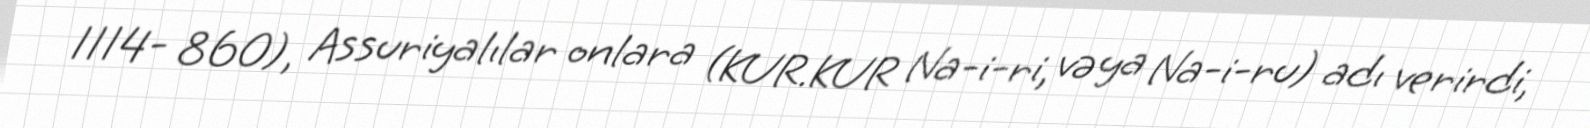
1114- 860), Assuriyalılar onlara (KUR.KUR Na-i-ri, və ya Na-i-ru) adı verirdi,